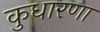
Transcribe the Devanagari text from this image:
कुधारणा